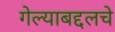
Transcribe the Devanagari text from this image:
गेल्याबद्दलचे